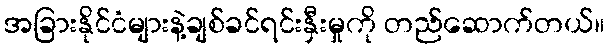
အခြားနိုင်ငံများနဲ့ချစ်ခင်ရင်းနှီးမှုကို တည်ဆောက်တယ်။